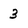
Character: 3